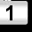
Digit: 1